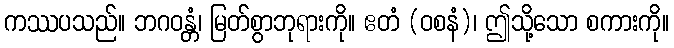
ကဿပသည်။ ဘဂဝန္တံ၊ မြတ်စွာဘုရားကို။ ဧတံ (ဝစနံ)၊ ဤသို့သော စကားကို။